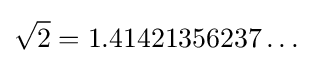
{\sqrt {2}}=1.41421356237\dots